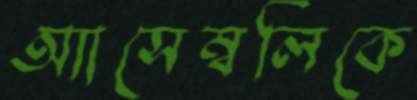
অ্যাসেম্বলিকে